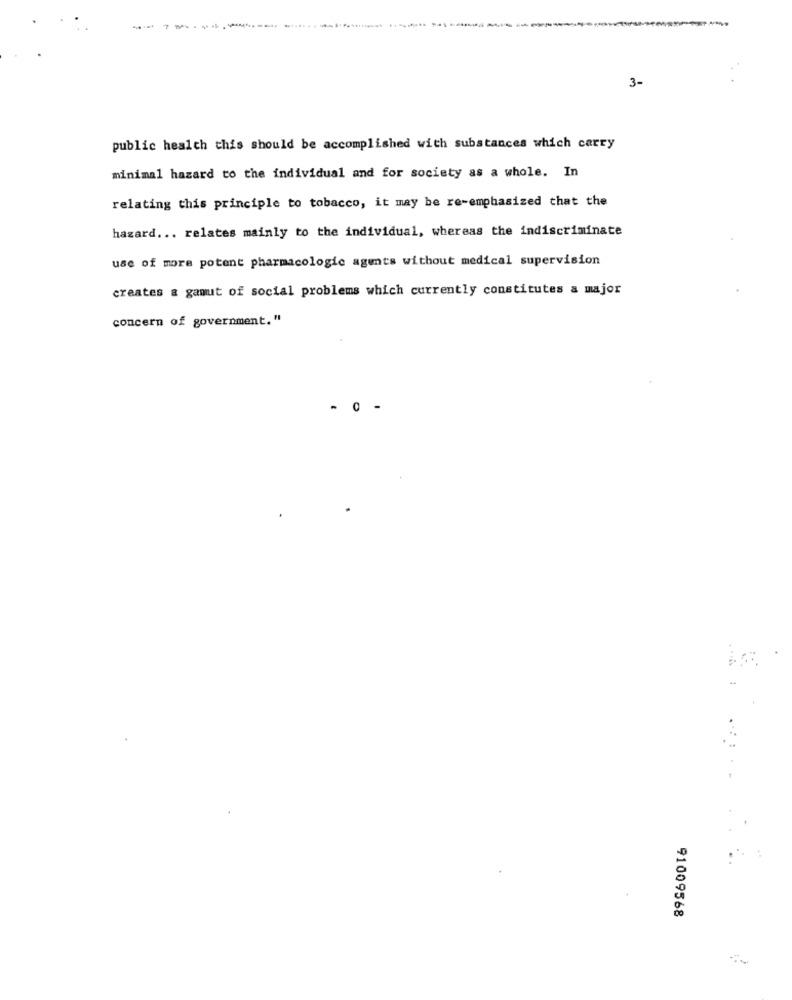
-
3-
public health this should be accomplished with substances which carry
minimal hazard to the individual and for society as a whole. In
relating this principle to tobacco, it may be re-emphasized that the
hazard ... relates mainly to the individual, whereas the indiscriminate
use of more potent pharmacologic agents without medical supervision
creates a ganuut of social problems which currently constitutes a major
concern of government. "
- 0 -
91009568